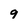
Character: 9